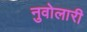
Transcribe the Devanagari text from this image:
नुवोलारी